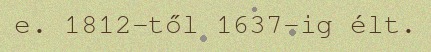
e. 1812-től 1637-ig élt.